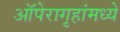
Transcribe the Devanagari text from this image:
ऑपेरागृहांमध्ये